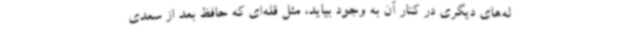
له‌های دیگری در کنار آن به وجود بیاید، مثل قله‌ای که حافظ بعد از سعدی